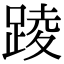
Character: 踜